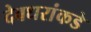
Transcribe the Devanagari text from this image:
देवधरांकडे